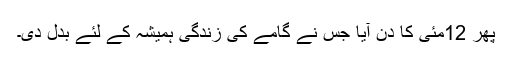
پھر 12مئی کا دن آیا جس نے گامے کی زندگی ہمیشہ کے لئے بدل دی۔